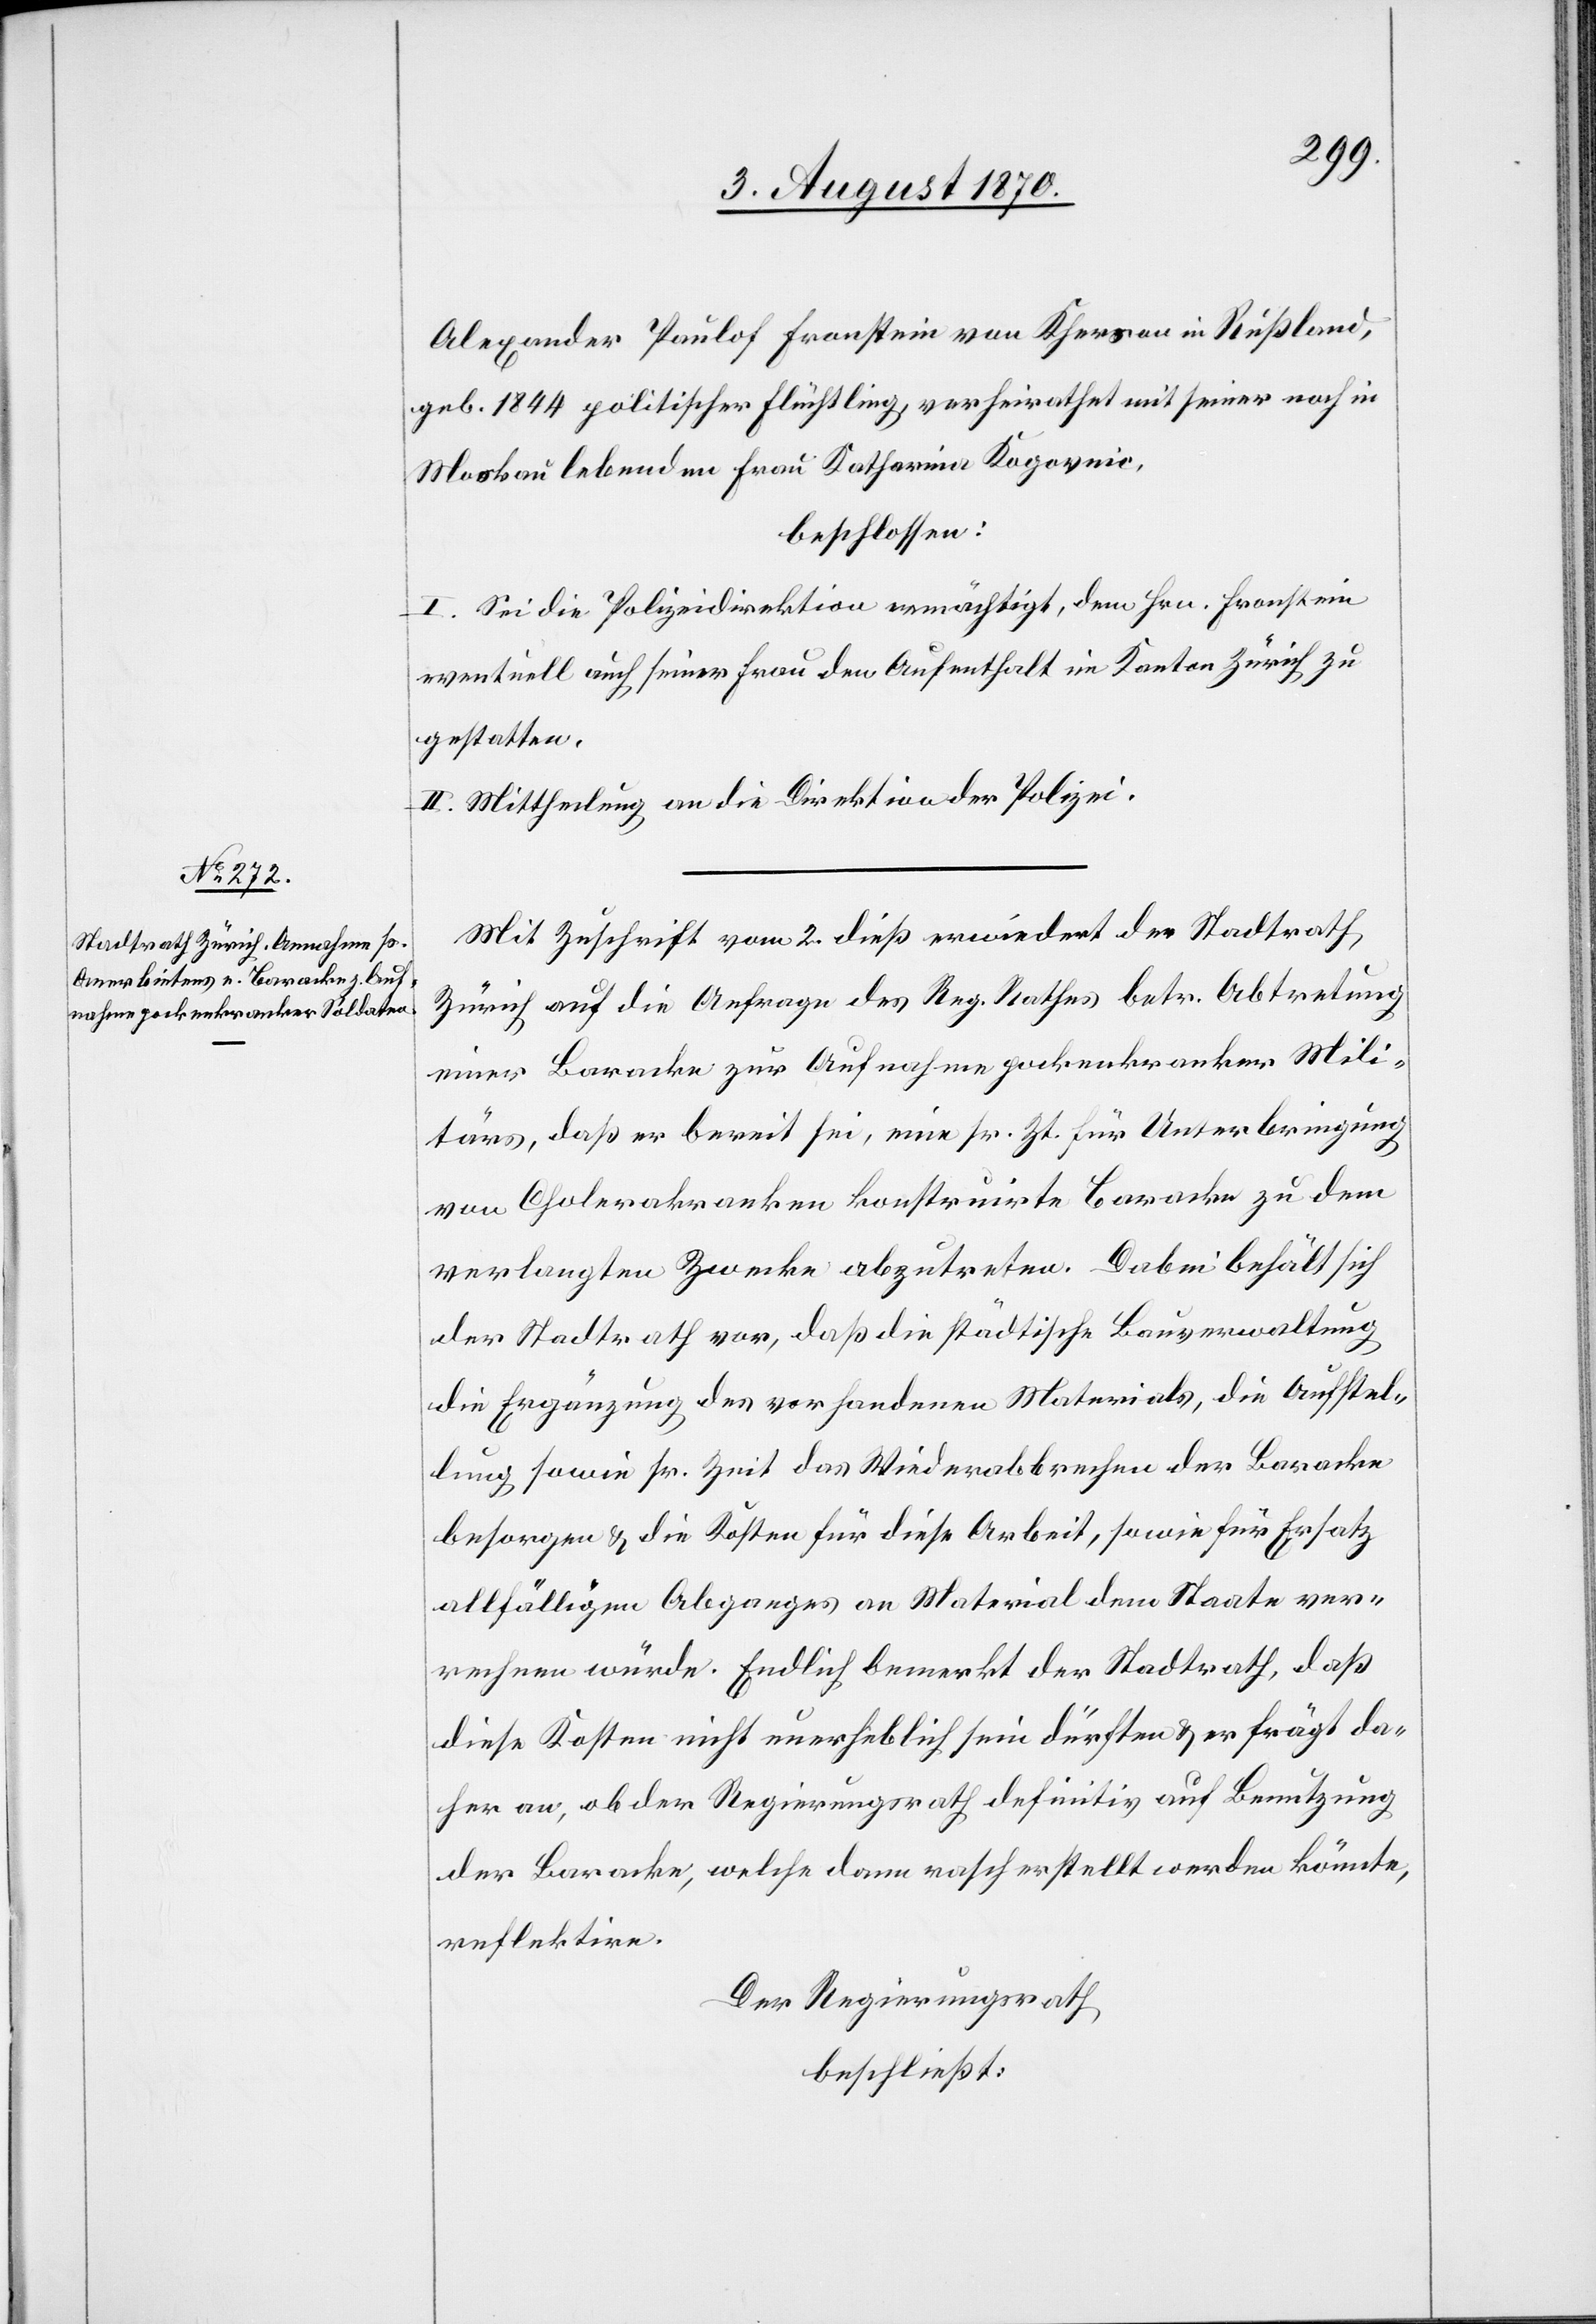
Alexander Paulof Fronstein von Kherson in Rußland,
geb. 1844 politischer Flüchtling, verheirathet mit seiner noch in
Moskau lebenden Frau Katharina Kogovnic,
beschlossen:
I. Sei die Polizeidirektion ermächtigt, dem Hrn. Fronstein
eventuell auch seiner Frau den Aufenthalt im Kanton Zürich zu
gestatten.
II. Mittheilung an die Direktion der Polizei.
Mit Zuschrift vom 2. dieß erwiedert der Stadtrath
Zürich auf die Anfrage des Reg. Rathes betr. Abtretung
einer Baracke zur Aufnahme pockenkranker Mili¬
tärs, daß er bereit sei, eine sr. Zt. für Unterbringung
von Cholerakranken konstruirte Baracke zu dem
verlangten Zwecke abzutreten. Dabei behält sich
der Stadtrath vor, daß die städtische Bauverwaltung
die Ergänzung des vorhandenen Materials, die Aufstel¬
lung sowie sr. Zeit das Wiederabbrechen der Baracke
besorgen & die Kosten für diese Arbeit, sowie für Ersatz
allfälligen Abganges an Material dem Staate ver¬
rechnen würde. Endlich bemerkt der Stadtrath, daß
diese Kosten nicht unerheblich sein dürften & er frägt da¬
her an, ob der Regierungsrath definitiv auf Benutzung
der Baracke, welche dann rasch erstellt werden könnte,
reflektire.
Der Regierungsrath
beschließt: